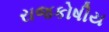
રાજકોષીય